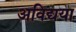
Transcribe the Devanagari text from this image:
अविद्यया